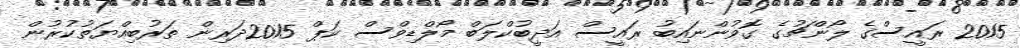
2015 ރައީސްގެ ލޯންޗުގެ ގޮވުންނައިބު ރައީސް އަދީބުކްލަބް މޯލްޑިވްސް ކަޕް 2015ދަރިން ތަރުބިއްޔަތުކުރުން